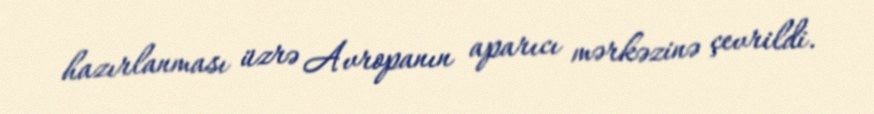
hazırlanması üzrə Avropanın aparıcı mərkəzinə çevrildi.